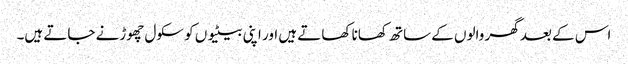
اس کے بعد گھر والوں کے ساتھ کھانا کھاتے ہیں اور اپنی بیٹیوں کو سکول چھوڑنے جاتے ہیں۔